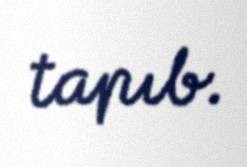
tapıb.